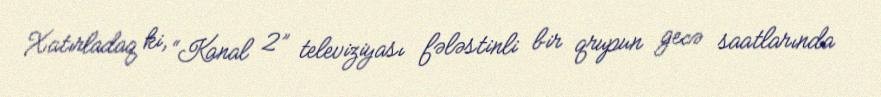
Xatırladaq ki, “Kanal 2” televiziyası fələstinli bir qrupun gecə saatlarında